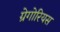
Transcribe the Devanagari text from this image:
ग्रेगोरियस